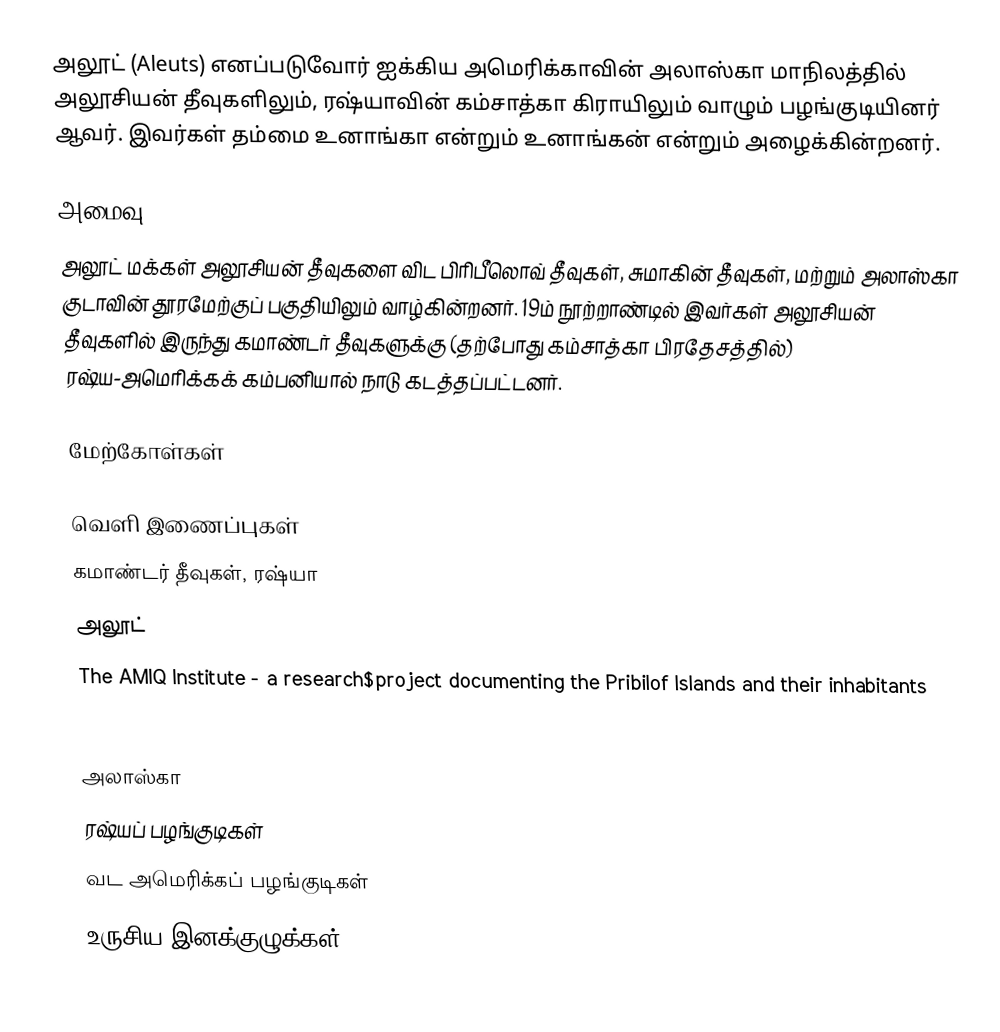
அலூட் (Aleuts) எனப்படுவோர் ஐக்கிய அமெரிக்காவின் அலாஸ்கா மாநிலத்தில் அலூசியன் தீவுகளிலும், ரஷ்யாவின் கம்சாத்கா கிராயிலும் வாழும் பழங்குடியினர் ஆவர். இவர்கள் தம்மை உனாங்கா என்றும் உனாங்கன் என்றும் அழைக்கின்றனர்.

அமைவு
அலூட் மக்கள் அலூசியன் தீவுகளை விட பிரிபீலொவ் தீவுகள், சுமாகின் தீவுகள், மற்றும் அலாஸ்கா குடாவின் தூரமேற்குப் பகுதியிலும் வாழ்கின்றனர். 19ம் நூற்றாண்டில் இவர்கள் அலூசியன் தீவுகளில் இருந்து கமாண்டர் தீவுகளுக்கு (தற்போது கம்சாத்கா பிரதேசத்தில்) ரஷ்ய-அமெரிக்கக் கம்பனியால் நாடு கடத்தப்பட்டனர்.

மேற்கோள்கள்

வெளி இணைப்புகள்
  கமாண்டர் தீவுகள், ரஷ்யா
  அலூட்
  The AMIQ Institute - a research$project documenting the Pribilof Islands and their inhabitants
lp:Aleutai

அலாஸ்கா
ரஷ்யப் பழங்குடிகள்
வட அமெரிக்கப் பழங்குடிகள்
உருசிய இனக்குழுக்கள்